Annual report on the lock hospitals of the Madras Presidency
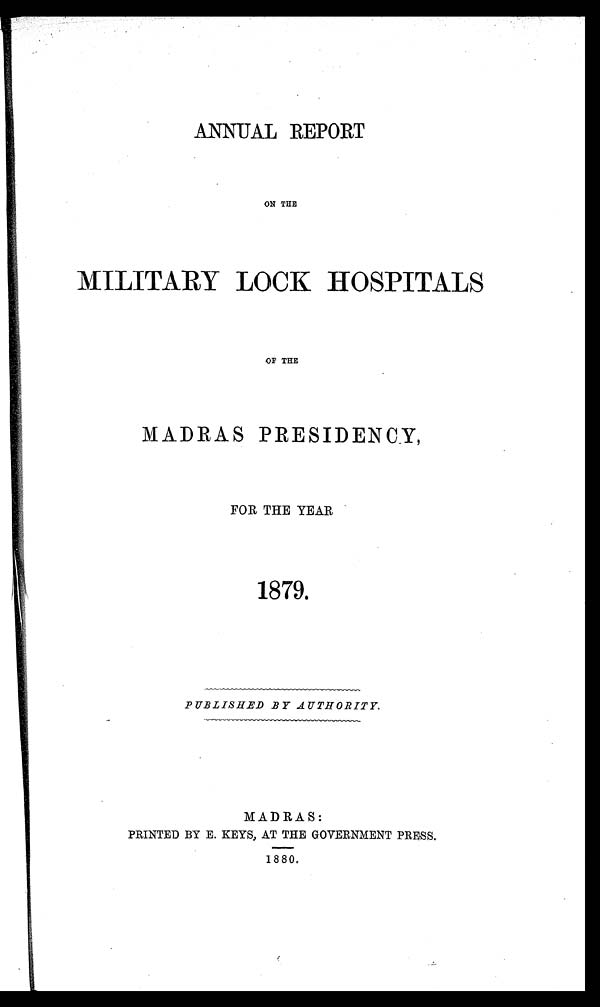
ANNUAL REPORT
ON THE
MILITARY LOCK HOSPITALS
OF THE
MADRAS PRESIDENCY,
FOR THE YEAR
1879.
PUBLISHED BY AUTHORITY.
MADRAS:
PRINTED BY E. KEYS, AT THE GOVERNMENT PRESS.
1880.